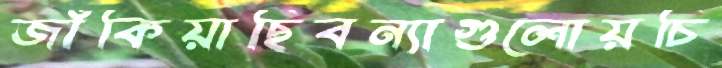
জাঁকিয়াছিবন্যাগুলোয়চি